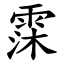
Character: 霂